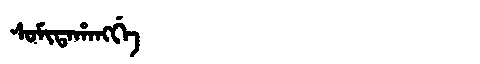
Manchu: ᠰᠣᠮᡳᡨᠠᡥᠠᠩᡤᡝ
Romanization: SOMITAHANGGE